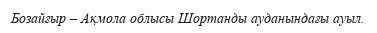
Бозайғыр – Ақмола облысы Шортанды ауданындағы ауыл.